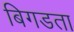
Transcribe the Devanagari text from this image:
बिगडता